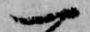
一